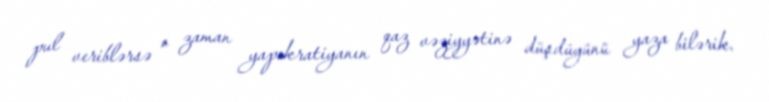
pul veriblərsə o zaman yapokratiyanın qaz vəziyyətinə düşdüyünü yaza bilərik.